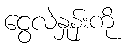
ငွေလဲနှုန်းကို